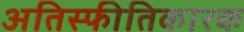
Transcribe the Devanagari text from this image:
अतिस्फीतिकारक